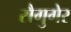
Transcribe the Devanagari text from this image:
सैगुगेर